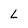
Character: l